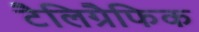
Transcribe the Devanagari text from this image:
टैलिग्रैफिक